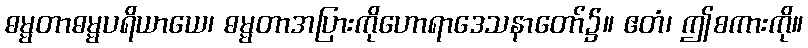
ဓမ္မတာဓမ္မပရိယာယေ၊ ဓမ္မတာအပြားကိုဟောရာဒေသနာတော်၌။ ဧတံ၊ ဤစကားကို။